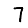
Digit: 7